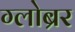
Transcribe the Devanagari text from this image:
ग्लोब्रर